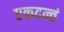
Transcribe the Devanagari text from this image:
एकदन्तं